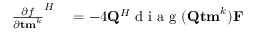
\begin{array} { r l } { { \frac { \partial f } { \partial { \bf t m } ^ { k } } } ^ { H } } & { { } = - 4 { \bf Q } ^ { H } \mathrm { ~ d ~ i ~ a ~ g ~ } ( { \bf { Q } } { \bf { t m } } ^ { k } ) { \bf F } } \end{array}